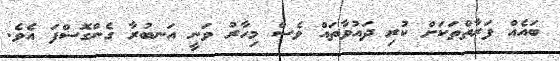
ބައެއް ފަރާތްތަކަށް ކުރި ދައުވާތައް ވެސް މިހާރު ވަނީ އަނބުރާ ގެންގޮސްފަ އެވެ.